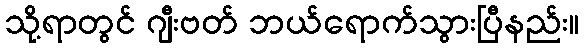
သို့ရာတွင် ဂျီးဗတ် ဘယ်ရောက်သွားပြီနည်း။